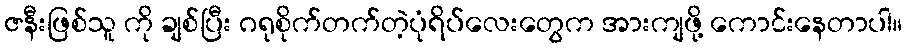
ဇနီးဖြစ်သူ ကို ချစ်ပြီး ဂရုစိုက်တက်တဲ့ပုံရိပ်လေးတွေက အားကျဖို့ ကောင်းနေတာပါ။